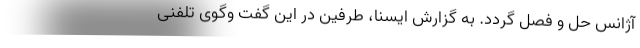
آژانس حل و فصل گردد. به گزارش ایسنا، طرفین در این گفت وگوی تلفنی